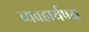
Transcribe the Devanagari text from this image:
व्यवहार्यपक्ष